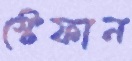
স্টেফান